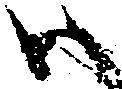
尉